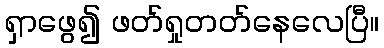
ရှာဖွေ၍ ဖတ်ရှုတတ်နေလေပြီ။